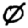
Digit: 0